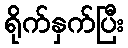
ရိုက်နှက်ပြီး